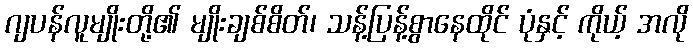
ဂျပန်လူမျိုးတို့၏ မျိုးချစ်စိတ်၊ သန့်ပြန့်စွာနေထိုင် ပုံနှင့် ကိုယ့် အလို